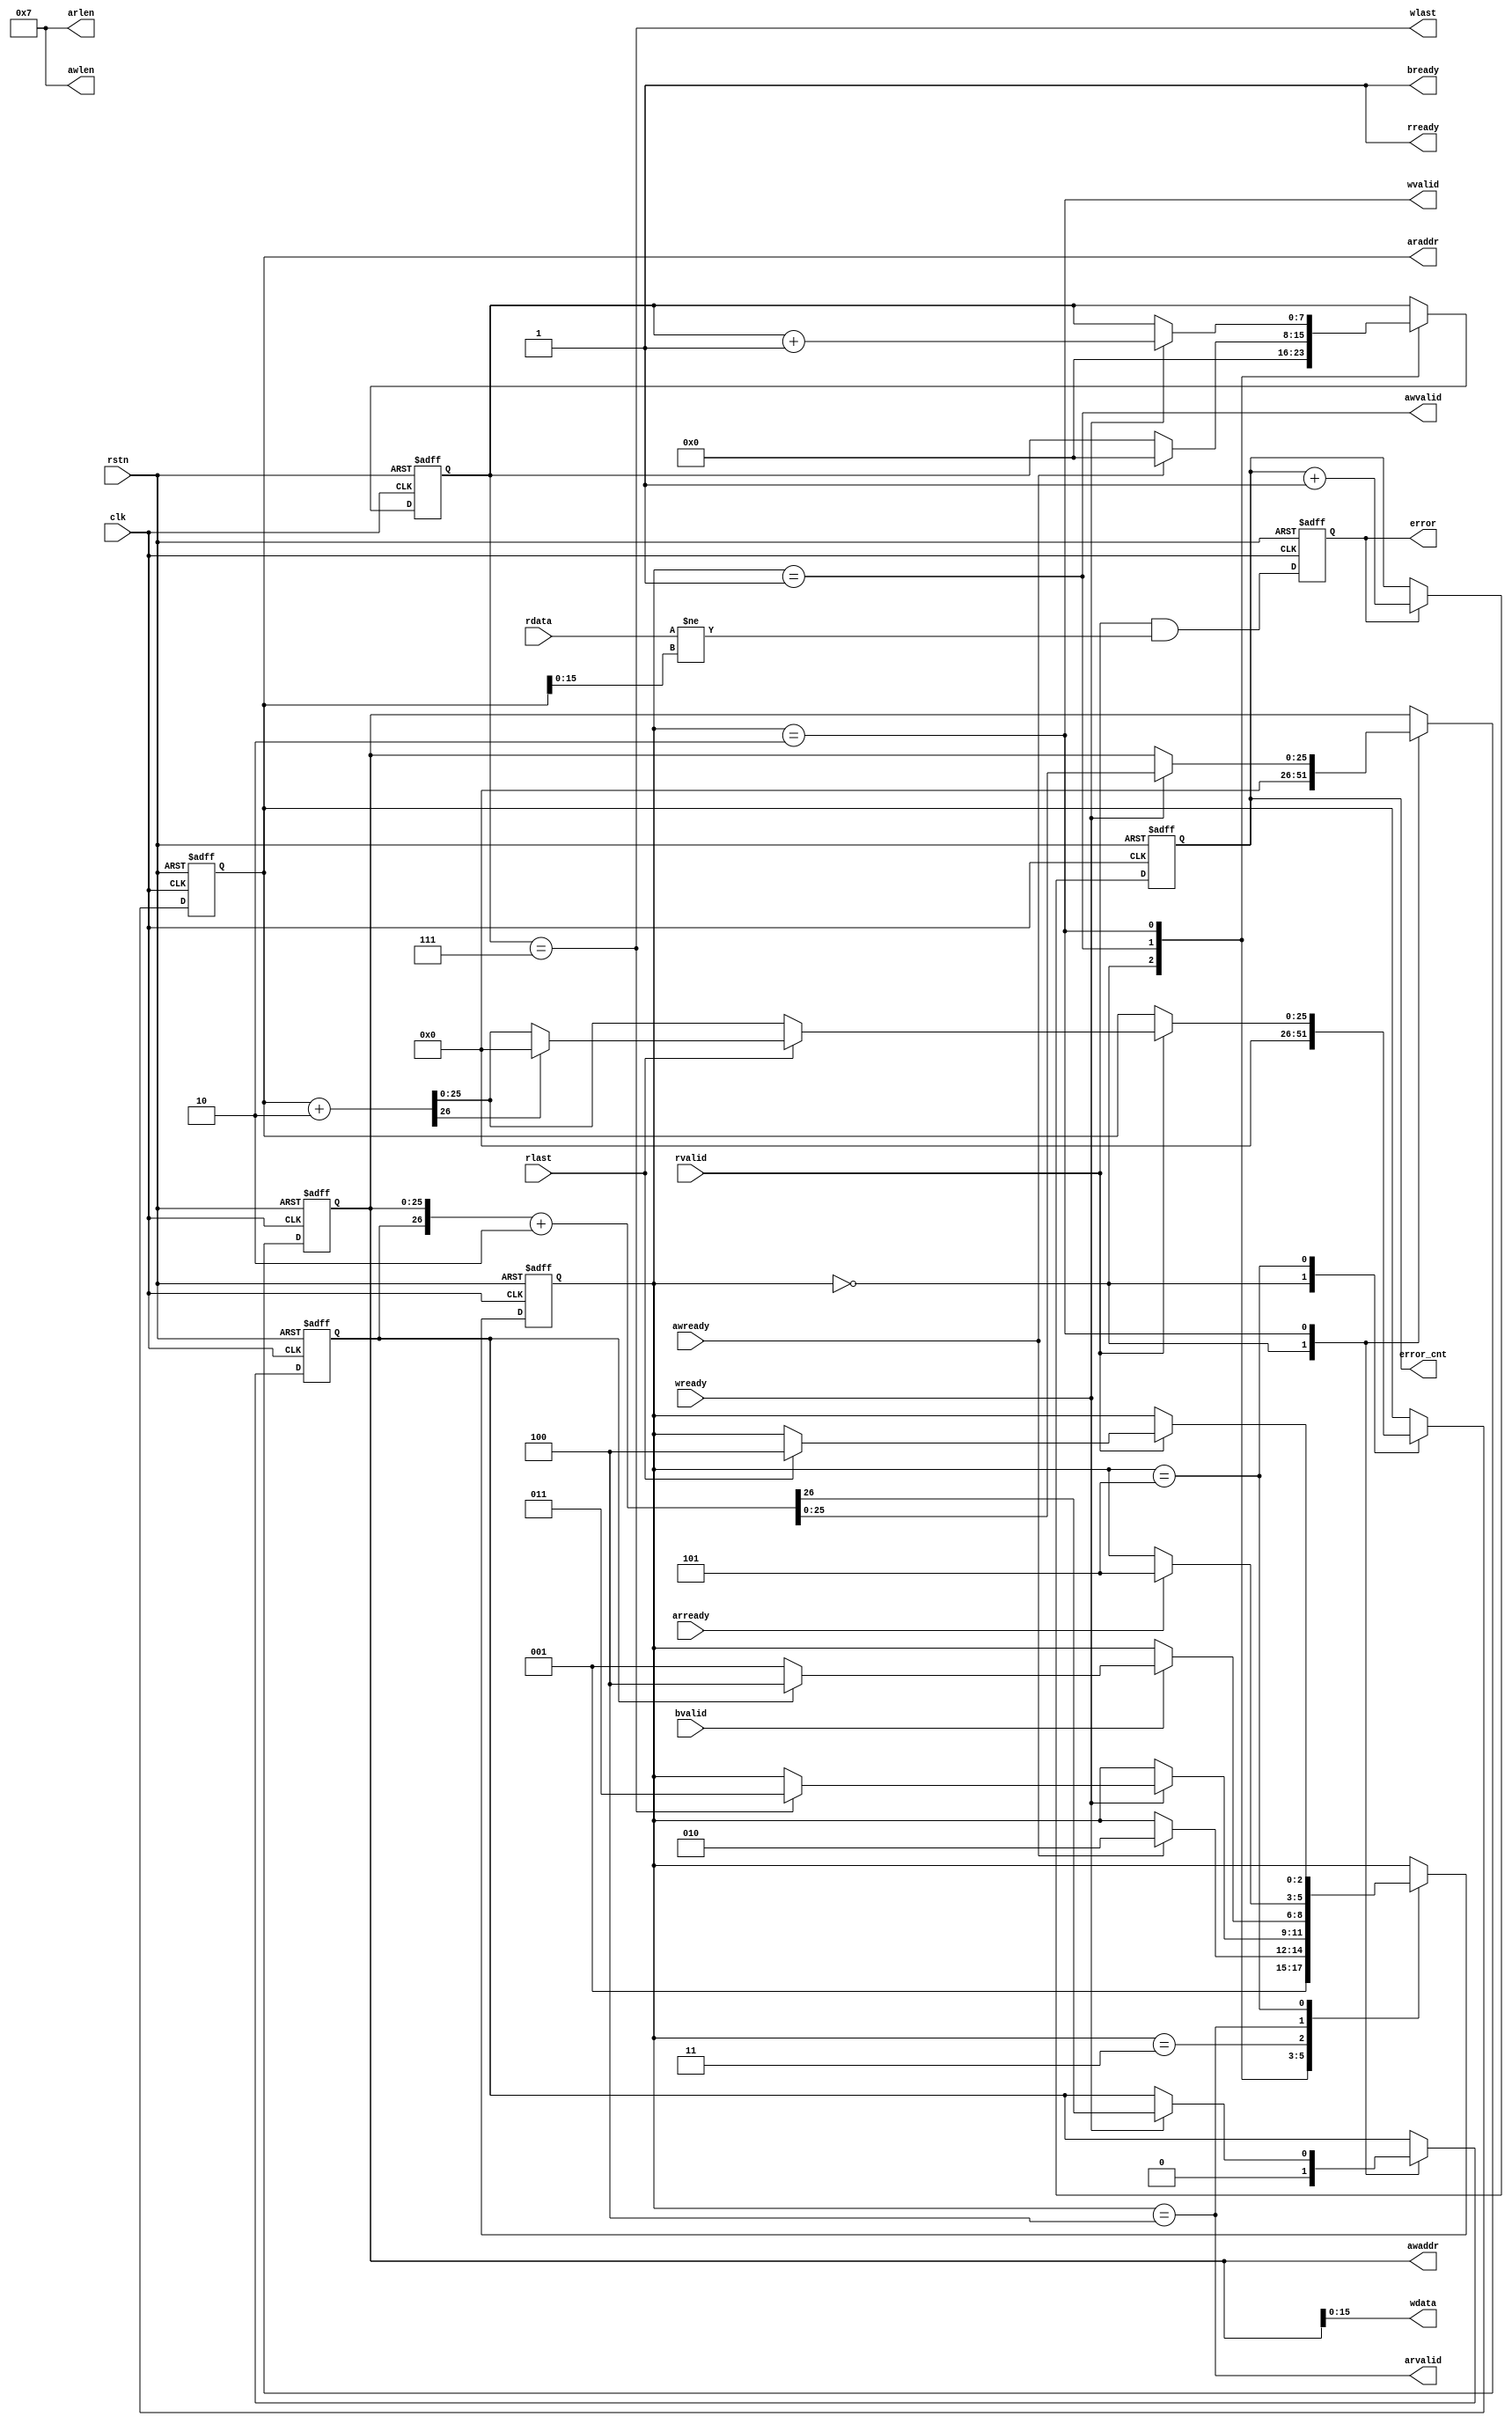

//--------------------------------------------------------------------------------------------------------
// Module  : axi_self_test_master
// Type    : synthesizable
// Standard: Verilog 2001 (IEEE1364-2001)
// Function: write increase data to AXI4 slave,
//           then read data and check whether they are increasing
//--------------------------------------------------------------------------------------------------------

module axi_self_test_master #(
    parameter       A_WIDTH_TEST = 26,
    parameter       A_WIDTH      = 26,
    parameter       D_WIDTH      = 16,
    parameter       D_LEVEL      = 1,
    parameter [7:0] WBURST_LEN   = 8'd7,
    parameter [7:0] RBURST_LEN   = 8'd7
)(
    input  wire               rstn,
    input  wire               clk,
    output wire               awvalid,
    input  wire               awready,
    output reg  [A_WIDTH-1:0] awaddr,
    output wire [        7:0] awlen,
    output wire               wvalid,
    input  wire               wready,
    output wire               wlast,
    output wire [D_WIDTH-1:0] wdata,
    input  wire               bvalid,
    output wire               bready,
    output wire               arvalid,
    input  wire               arready,
    output reg  [A_WIDTH-1:0] araddr,
    output wire [        7:0] arlen,
    input  wire               rvalid,
    output wire               rready,
    input  wire               rlast,
    input  wire [D_WIDTH-1:0] rdata,
    output reg                error,
    output reg  [       15:0] error_cnt
);


initial {awaddr, araddr} = 0;
initial {error, error_cnt} = 0;

wire       aw_end;
reg        awaddr_carry = 1'b0;
reg  [7:0] w_cnt = 8'd0;

localparam [2:0] INIT = 3'd0,
                 AW   = 3'd1,
                 W    = 3'd2,
                 B    = 3'd3,
                 AR   = 3'd4,
                 R    = 3'd5;

reg [2:0] stat = INIT;

generate if(A_WIDTH_TEST<A_WIDTH)
    assign aw_end = awaddr[A_WIDTH_TEST];
else
    assign aw_end = awaddr_carry;
endgenerate

assign awvalid = stat==AW;
assign awlen = WBURST_LEN;
assign wvalid = stat==W;
assign wlast = w_cnt==WBURST_LEN;
assign wdata = awaddr;
assign bready = 1'b1;
assign arvalid = stat==AR;
assign arlen = RBURST_LEN;
assign rready = 1'b1;

localparam [A_WIDTH:0] ADDR_INC = (1<<D_LEVEL);
wire [A_WIDTH:0] araddr_next = {1'b0,araddr} + ADDR_INC;

always @ (posedge clk or negedge rstn)
    if(~rstn) begin
        {awaddr_carry, awaddr} <= 0;
        w_cnt <= 8'd0;
        araddr <= 0;
        stat <= INIT;
    end else begin
        case(stat)
            INIT: begin
                {awaddr_carry, awaddr} <= 0;
                w_cnt <= 8'd0;
                araddr <= 0;
                stat <= AW;
            end
            AW: if(awready) begin
                w_cnt <= 8'd0;
                stat <= W;
            end
            W: if(wready) begin
                {awaddr_carry, awaddr} <= {awaddr_carry, awaddr} + ADDR_INC;
                w_cnt <= w_cnt + 8'd1;
                if(wlast)
                    stat <= B;
            end
            B: if(bvalid) begin
                stat <= aw_end ? AR : AW;
            end
            AR: if(arready) begin
                stat <= R;
            end
            R: if(rvalid) begin
                araddr <= araddr_next[A_WIDTH-1:0];
                if(rlast) begin
                    stat <= AR;
                    if(araddr_next[A_WIDTH_TEST])
                        araddr <= 0;
                end
            end
        endcase
    end

// ------------------------------------------------------------
//  read and write mismatch detect
// ------------------------------------------------------------
wire [D_WIDTH-1:0] rdata_idle = araddr;

always @ (posedge clk or negedge rstn)
    if(~rstn) begin
        error <= 1'b0;
        error_cnt <= 16'd0;
    end else begin
        error <= rvalid && rready && rdata!=rdata_idle;
        if(error)
            error_cnt <= error_cnt + 16'd1;
    end

endmodule